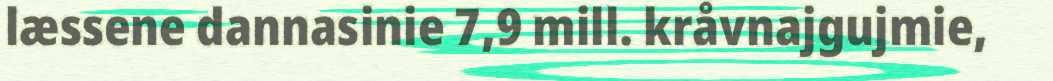
læssene dannasinie 7,9 mill. kråvnajgujmie,